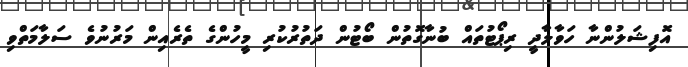
އޮފިޝަލުންނާ ހަވާލާދީ ރިޕޯޓުތައް ބުނާގޮތުން ބޯޓުން ދަތުރުކުރި މީހުންގެ ތެރެއިން މަރުނުވެ ސަލާމަތްވި